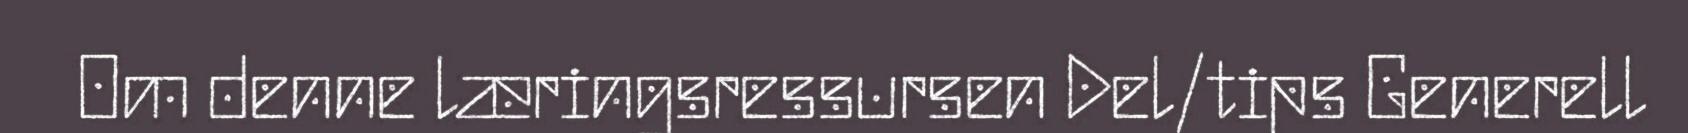
Om denne læringsressursen Del/tips Generell